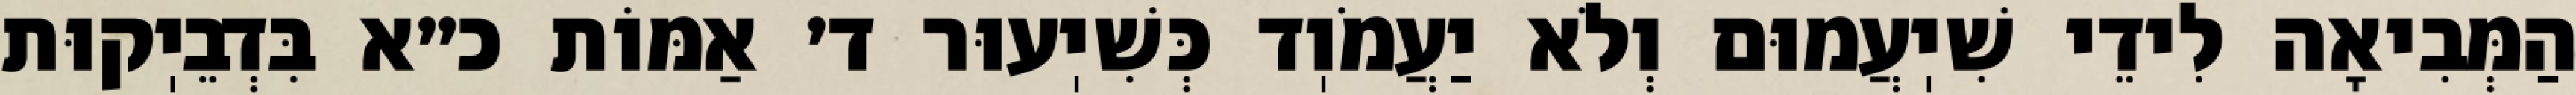
הַמְּבִיאָה לִידֵי שִׁיֽעֲמוּם וְלֹא יַעֲמֹוֽד כְּשִׁיֽעוּר ד׳ אַמּוֹת כ״א בִּדְבֵיֽקוּת